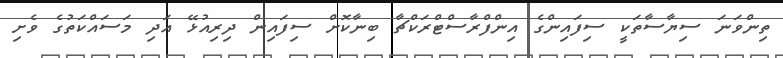
ތިންވަނަ ސިޔާސާތަކީ ސިފައިންގެ އިންފްރާސްޓްރަކްޗާ ބިނާކޮށް ސިފައިން ދިރިއުޅޭ އަދި މަސައްކަތުގެ ވެށި